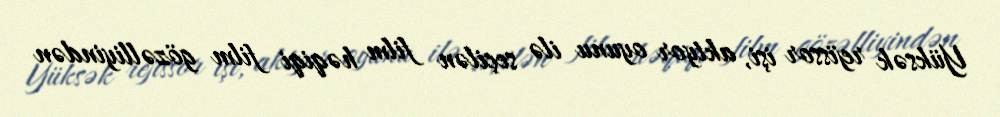
Yüksək rejissor işi, aktyor oyunu ilə seçilən film həqiqi film gözəlliyindən